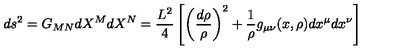
d s ^ { 2 } = G _ { M N } d X ^ { M } d X ^ { N } = \frac { L ^ { 2 } } { 4 } \left[ \left( \frac { d \rho } { \rho } \right) ^ { 2 } + \frac { 1 } { \rho } g _ { \mu \nu } ( x , \rho ) d x ^ { \mu } d x ^ { \nu } \right]